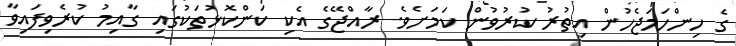
ގެ ހިންހަމަޖެހުން އިތުރު ކުރުވުން ކަމަށެވެ. ރާއްޖޭގެ އެކި ކަންކޮޅުތަކުގައި ގާއިމު ކުރެވިފައިވާ